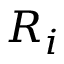
R _ { i }